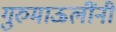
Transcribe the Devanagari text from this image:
गुरुमाऊलींनी